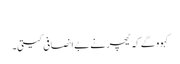
‏
کہوو گے کہ ٹیچر نے بےاِنصافی کیتی۔